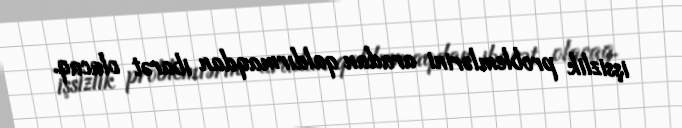
işsizlik problemlərini aradan qaldırmaqdan ibarət olacaq.